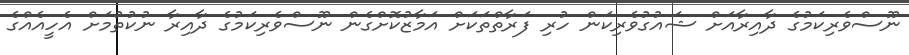
ނޫސްވެރިކަމުގެ ދާއިރާއަށް ޝައުގުވެރިކަން ހުރި ފަރާތްތަކަށް އަމާޒުކޮށްގެން ނޫސްވެރިކަމުގެ ދާއިރާ ނުކުތުމަށް އެހީއެއްގެ